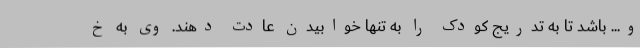
و...‌ باشد تا به تدریج کودک را به تنها خوابیدن عادت دهند. وی به خ